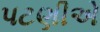
પટણીએ